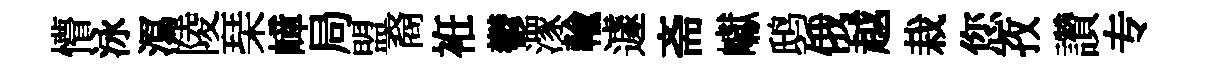
懵泳㵼陵琹嶂局盟裔袵鬱潈輸遽斋巘鸱俄越栽您孜讚专